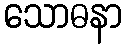
သောဓနာ